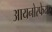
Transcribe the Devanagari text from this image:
आयनोस्फेयर